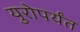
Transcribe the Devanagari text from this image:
युरोपर्यंत